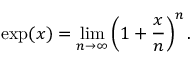
\exp ( x ) = \operatorname* { l i m } _ { n \to \infty } \left( 1 + { \frac { x } { n } } \right) ^ { n } .